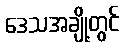
ဒေသအချို့တွင်